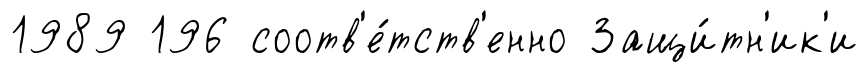
1989 196 соотв'е́тств'енно Защи́тн'ик'и